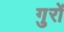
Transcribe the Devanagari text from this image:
गुरों